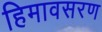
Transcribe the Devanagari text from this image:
हिमावसरण